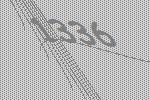
1336